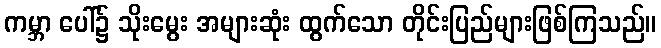
ကမ္ဘာ ပေါ်၌ သိုးမွေး အများဆုံး ထွက်သော တိုင်းပြည်များဖြစ်ကြသည်။